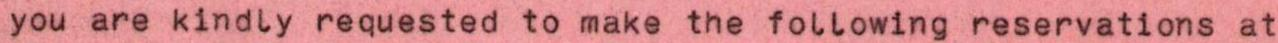
you are kindly requested to make the following reservations at